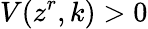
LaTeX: V(z^{r},k)>0